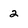
Character: 2